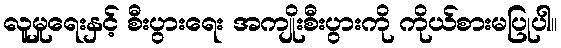
လူမှုရေးနှင့် စီးပွားရေး အကျိုးစီးပွားကို ကိုယ်စားမပြုပါ။